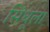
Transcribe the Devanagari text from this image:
सिंधूला